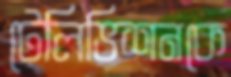
টেলিভিশনকে